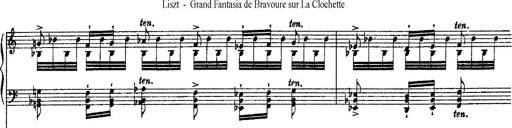
Title: Grande fantasie di bravura sur La clochette
Composer: Franz Liszt
Key: A minor